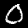
Label: 0